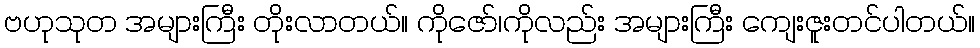
ဗဟုသုတ အများကြီး တိုးလာတယ်။ ကိုဇော်၊ကိုလည်း အများကြီး ကျေးဇူးတင်ပါတယ်။